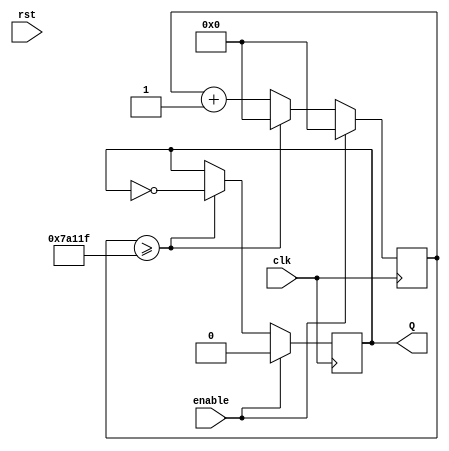
module clock_5hz(
    input clk,enable,rst,
    output reg Q
    );
    reg [22:0]cnt;
            initial 
            begin
                Q<=0;
                cnt=23'd0; 
            end
            always @ (posedge clk)
            begin
                if (enable)
                begin
                    Q<=0;
                    cnt<=23'd0;
                end
                else if (cnt>=23'd499999)
                begin
                    Q<=~Q;
                    cnt<=23'd0;
                end
                else 
                    cnt=cnt+23'd1;
            end
endmodule